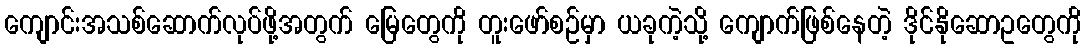
ကျောင်းအသစ်ဆောက်လုပ်ဖို့အတွက် မြေတွေကို တူးဖော်စဉ်မှာ ယခုကဲ့သို့ ကျောက်ဖြစ်နေတဲ့ ဒိုင်နိုဆောဥတွေကို